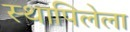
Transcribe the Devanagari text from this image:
स्थापिलेला